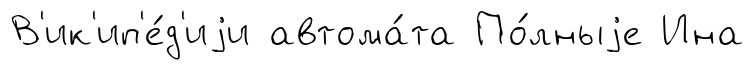
В'ик'ип'е́д'иjи автома́та По́лныjе Ина